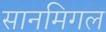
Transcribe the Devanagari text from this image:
सानमिगल